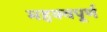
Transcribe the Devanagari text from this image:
महक्वपूर्ण